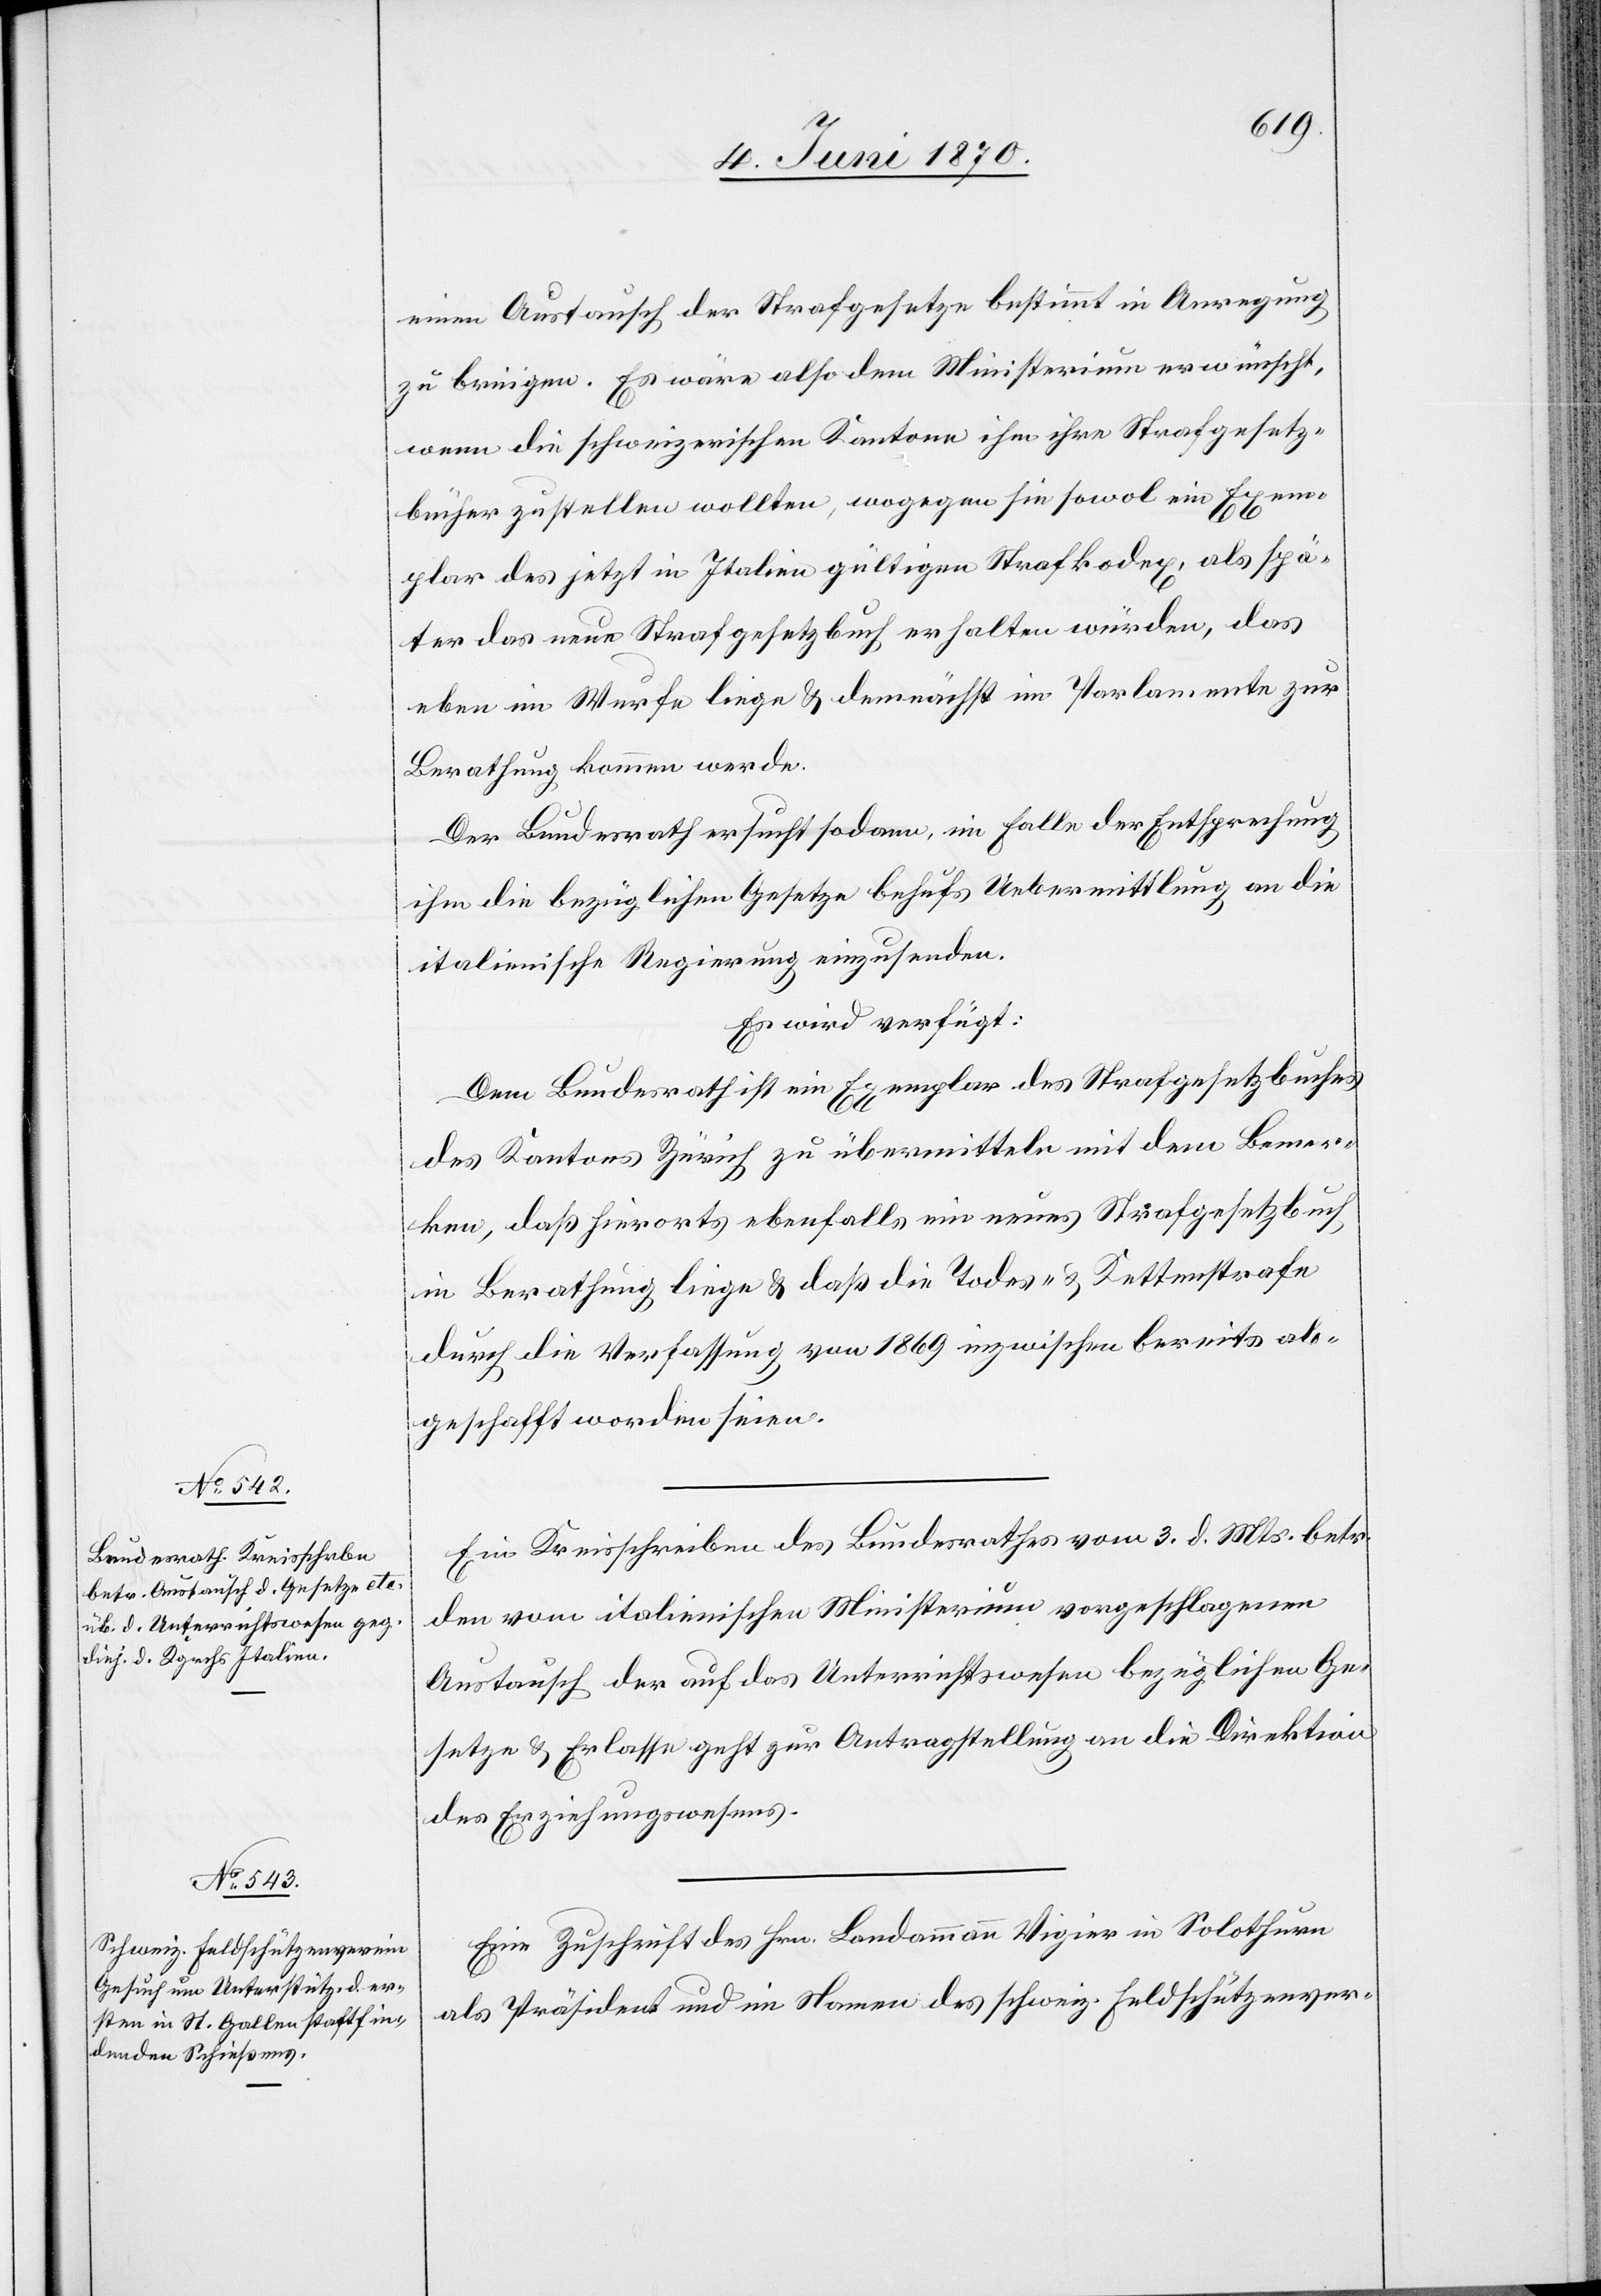
7. Juni 1870.]
einen Austausch der Strafgesetze bestimmt in Anregung
zu bringen. Es wäre also dem Ministerium erwünscht,
wenn die schweizerischen Kantone ihm ihre Strafgesetz¬
bücher zustellen wollten, wogegen sie sowol ein Exem¬
plar des jetzt in Italien gültigen Strafkodex, als spä¬
ter das neue Strafgesetzbuch erhalten würden, das
eben im Wurfe liege & demnächst im Parlamente zur
Berathung kommen werde.
Der Bundesrath ersucht sodann, im Falle der Entsprechung
ihm die bezüglichen Gesetze behufs Uebermittlung an die
italienische Regierung einzusenden.
Es wird verfügt:
Dem Bundesrath ist ein Exemplar des Strafgesetzbuches
des Kantons Zürich zu übermitteln mit dem Bemer¬
ken, daß hierorts ebenfalls ein neues Strafgesetzbuch
in Berathung liege & daß die Todes- & Kettenstrafe
durch die Verfassung von 1869 inzwischen bereits ab¬
geschafft worden seien.
Ein Kreisschreiben des Bundesrathes vom 3. d. Mts. betr.
den vom italienischen Ministerium vorgeschlagenen
Austausch der auf das Unterrichtswesen bezüglichen Ge¬
setze & Erlasse geht zur Antragstellung an die Direktion
des Erziehungswesens.
Eine Zuschrift des Hrn. Landammann Vigier in Solothurn
als Präsident und im Namen des schweiz. Feldschützenver-